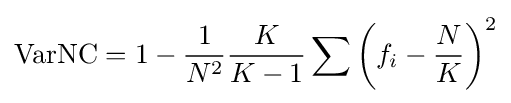
\operatorname {VarNC} =1-{\frac {1}{N^{2}}}{\frac {K}{K-1}}\sum \left(f_{i}-{\frac {N}{K}}\right)^{2}